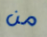
من